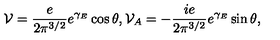
{ \cal V } = \frac { e } { 2 \pi ^ { 3 / 2 } } e ^ { \gamma _ { E } } \cos \theta , { \cal V } _ { A } = - \frac { i e } { 2 \pi ^ { 3 / 2 } } e ^ { \gamma _ { E } } \sin \theta ,